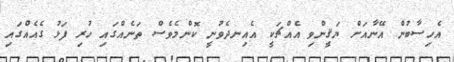
އެހިސާބުން އޭނާއަށް ޔަޤީންވި އެއްޗަކީ އެއިނދެވުނީ ކޮންމެވެސް ތަނެއްގައި ހުރި ފަޅު ގެއެއްގައި